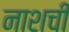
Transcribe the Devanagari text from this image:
नाशची